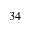
3 4